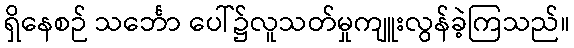
ရှိနေစဉ် သင်္ဘော ပေါ်၌လူသတ်မှုကျူးလွန်ခဲ့ကြသည်။